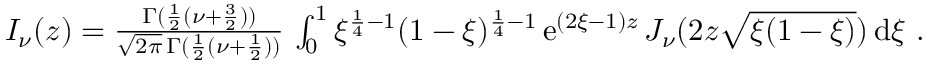
\begin{array} { r } { I _ { \nu } ( z ) = \frac { \Gamma ( \frac { 1 } { 2 } ( \nu + \frac { 3 } { 2 } ) ) } { \sqrt { 2 \pi } \, \Gamma ( \frac { 1 } { 2 } ( \nu + \frac { 1 } { 2 } ) ) } \, \int _ { 0 } ^ { 1 } \xi ^ { \frac { 1 } { 4 } - 1 } ( 1 - \xi ) ^ { \frac { 1 } { 4 } - 1 } \, \mathrm { e } ^ { ( 2 \xi - 1 ) z } \, J _ { \nu } ( 2 z \sqrt { \xi ( 1 - \xi ) } ) \, \mathrm { d } \xi \ . } \end{array}